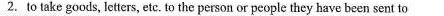
2.to take goods, letters, ete.To the person or people they have been sent to